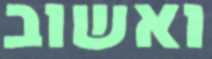
ואשוב